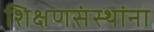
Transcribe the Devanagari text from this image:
शिक्षणसंस्थांना